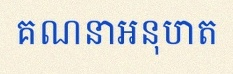
គណនាអនុបាត